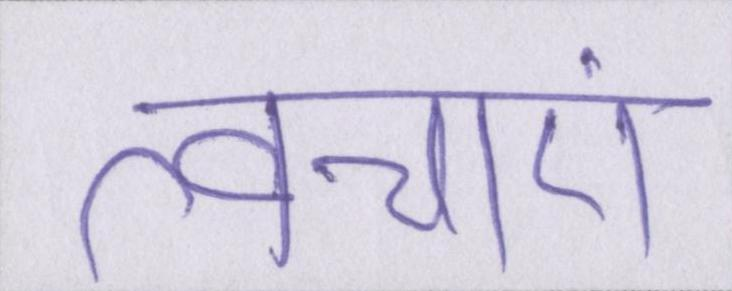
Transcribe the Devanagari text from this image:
त्वचाएं